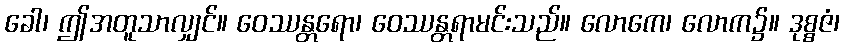
ခေါ၊ ဤအတူသာလျှင်။ ဝေဿန္တရော၊ ဝေဿန္တရာမင်းသည်။ လောကေ၊ လောက၌။ ဒုစ္စဇံ၊